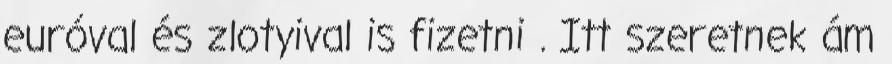
euróval és zlotyival is fizetni . Itt szeretnek ám